Leaving Certificate Examination, 1912
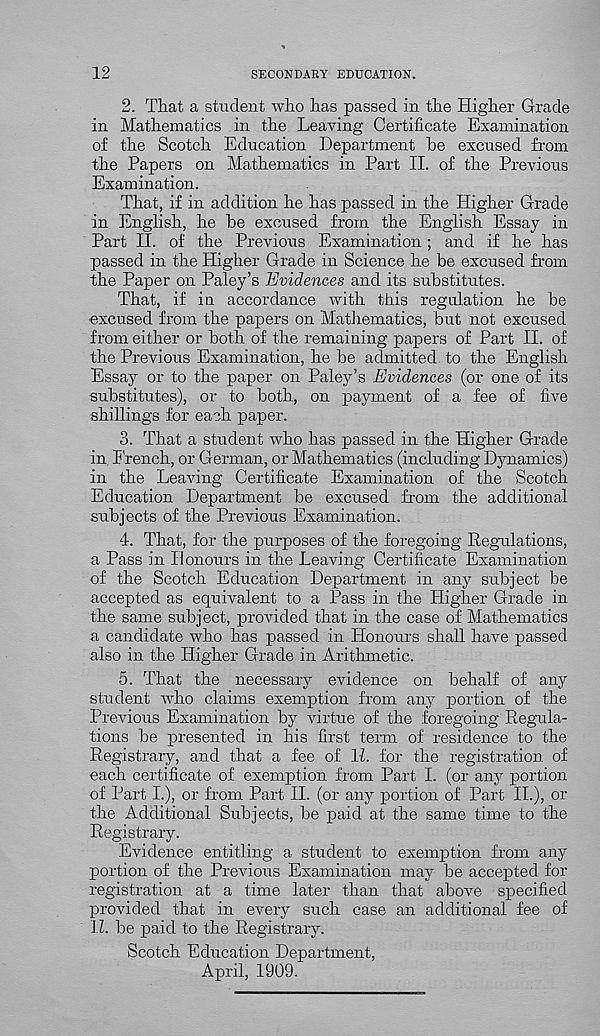
12
SECONDARY EDUCATION.
2. That a student who has passed in the Higher Grade
in Mathematics in the Leaving Certificate Examination
of the Scotch Education Department he excused from
the Papers on Mathematics in Part II. of the Previous
Examination.
That, if in addition he has passed in the Higher Grade
in English, he he excused from the English Essay in
Part II. of the Previous Examination; and if he has
passed in the Higher Grade in Science he be excused from
the Paper on Paley’s Evidences and its substitutes.
That, if in accordance with this regulation he he
excused from the papers on Mathematics, hut not excused
from either or both of the remaining papers of Part II. of
the Previous Examination, he he admitted to the English
Essay or to the paper on Paley’s Evidences (or one of its
substitutes), or to both, on payment of a fee of five
shillings for each paper.
3. That a student who has passed in the Higher Grade
in. French, or German, or Mathematics (including Dynamics)
in the Leaving Certificate Examination of the Scotch
Education Department he excused from the additional
subjects of the Previous Examination.
4. That, for the purposes of the foregoing Regulations,
a Pass in Honours in the Leaving Certificate Examination
of the Scotch Education Department in any subject be
accepted as equivalent to a Pass in the Higher Grade in
the same subject, provided that in the case of Mathematics
a candidate who has passed in Honours shall have passed
also in the Higher Grade in Arithmetic.
5. That the necessary evidence on behalf of any
student who claims exemption from any portion of the
Previous Examination by virtue of the foregoing Regula-
tions be presented in his first term of residence to the
Registrary, and that a fee of 11. for the registration of
each certificate of exemption from Part I. (or any portion
of Part I.), or from Part II. (or any portion of Part II.), or
the Additional Subjects, be paid at the same time to the
Registrary.
Evidence entitling a student to exemption from any
portion of the Previous Examination may be accepted for
registration at a time later than that above specified
provided that in every such case an additional fee of
II. be paid to the Registrary.
Scotch Education Department,
April, 1909.